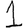
Digit: 1